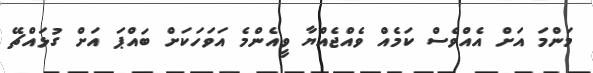
މަންމަ އަށް އެއްވެސް ކަމެއް ވެއްޖެއްޔާ ވީއެންމެ އަވަހަކަށް ބައްޕަ އަށް ގުޅައްޗޭ